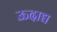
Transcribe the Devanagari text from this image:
ऊदाद्य